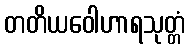
တတိယဝေါဟာရသုတ္တံ